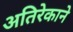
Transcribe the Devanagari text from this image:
अतिरेकाने